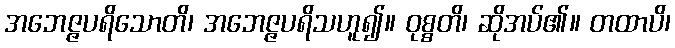
အဘေဇ္ဇပရိသောတိ၊ အဘေဇ္ဇပရိသဟူ၍။ ဝုစ္စတိ၊ ဆိုအပ်၏။ တထာပိ၊